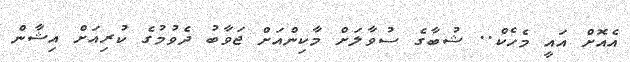
އެއޮށް އައީ މެހެކް.. ޝުބާގެ ސުވާލަށް މާކިންއަށް ޖަވާބު ދެވުމުގެ ކުރިއަށް އިޝާން